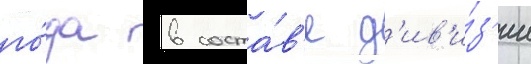
го́да в соста́в'е д'ив'и́з'ии